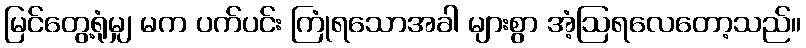
မြင်တွေ့ရုံမျှ မက ပက်ပင်း ကြုံရသောအခါ များစွာ အံ့ဩရလေတော့သည်။